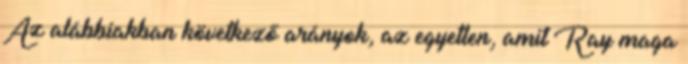
Az alábbiakban következő arányok, az egyetlen, amit Ray maga